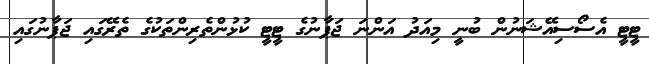
ޓީޓީ އެސޯސިއޭޝަނުން ބުނީ މިއަދު އަންނަ ޖަޕާނުގެ ޓީޓީ ކުޅުންތެރިންތަކުގެ ތެރޭގައި ޖަޕާނުގައި